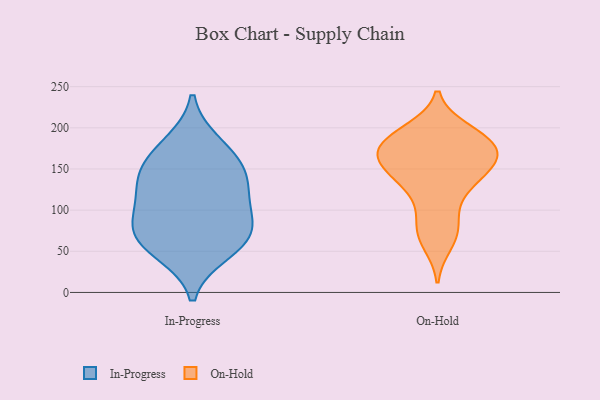
{"axis": {"x": "Tickets Resolved", "y": "Value"}, "legend": ["In-Progress", "On-Hold"], "data": [{"x": "", "y": 142, "type": "In-Progress"}, {"x": "", "y": 114, "type": "In-Progress"}, {"x": "", "y": 180, "type": "In-Progress"}, {"x": "", "y": 102, "type": "In-Progress"}, {"x": "", "y": 73, "type": "In-Progress"}, {"x": "", "y": 140, "type": "In-Progress"}, {"x": "", "y": 72, "type": "In-Progress"}, {"x": "", "y": 65, "type": "In-Progress"}, {"x": "", "y": 50, "type": "In-Progress"}, {"x": "", "y": 161, "type": "In-Progress"}, {"x": "", "y": 131, "type": "On-Hold"}, {"x": "", "y": 188, "type": "On-Hold"}, {"x": "", "y": 78, "type": "On-Hold"}, {"x": "", "y": 156, "type": "On-Hold"}, {"x": "", "y": 161, "type": "On-Hold"}, {"x": "", "y": 77, "type": "On-Hold"}, {"x": "", "y": 177, "type": "On-Hold"}, {"x": "", "y": 193, "type": "On-Hold"}, {"x": "", "y": 165, "type": "On-Hold"}, {"x": "", "y": 109, "type": "On-Hold"}, {"x": "", "y": 135, "type": "On-Hold"}, {"x": "", "y": 182, "type": "On-Hold"}, {"x": "", "y": 59, "type": "On-Hold"}, {"x": "", "y": 174, "type": "On-Hold"}, {"x": "", "y": 159, "type": "On-Hold"}, {"x": "", "y": 144, "type": "On-Hold"}, {"x": "", "y": 197, "type": "On-Hold"}]}